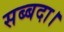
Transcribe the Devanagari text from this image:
सब्बदा।